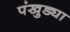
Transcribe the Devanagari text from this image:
पंखुड्या